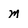
Character: m